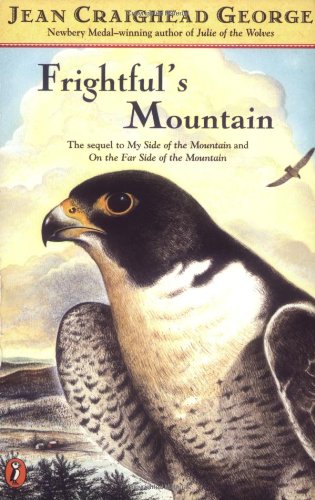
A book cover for Frightful's Mountain; Jean Craighead George; Children's Books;